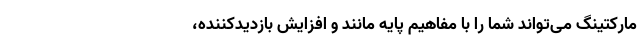
مارکتینگ ‌می‌تواند شما را با مفاهیم پایه مانند و افزایش بازدیدکننده،